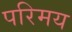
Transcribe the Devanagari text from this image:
परिमय